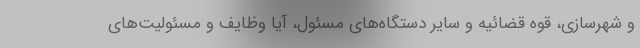
و شهرسازی، قوه قضائیه و سایر دستگاه‌های مسئول، آیا وظایف و مسئولیت‌های